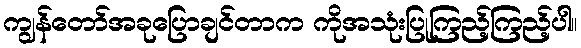
ကျွန်တော်အခုပြောချင်တာက ကိုအသုံးပြုကြည့်ကြည့်ပါ။